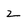
Character: 2